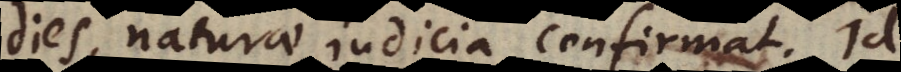
dies, naturae judicia confirmat. Id